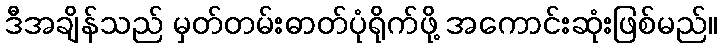
ဒီအချိန်သည် မှတ်တမ်းဓာတ်ပုံရိုက်ဖို့ အကောင်းဆုံးဖြစ်မည်။